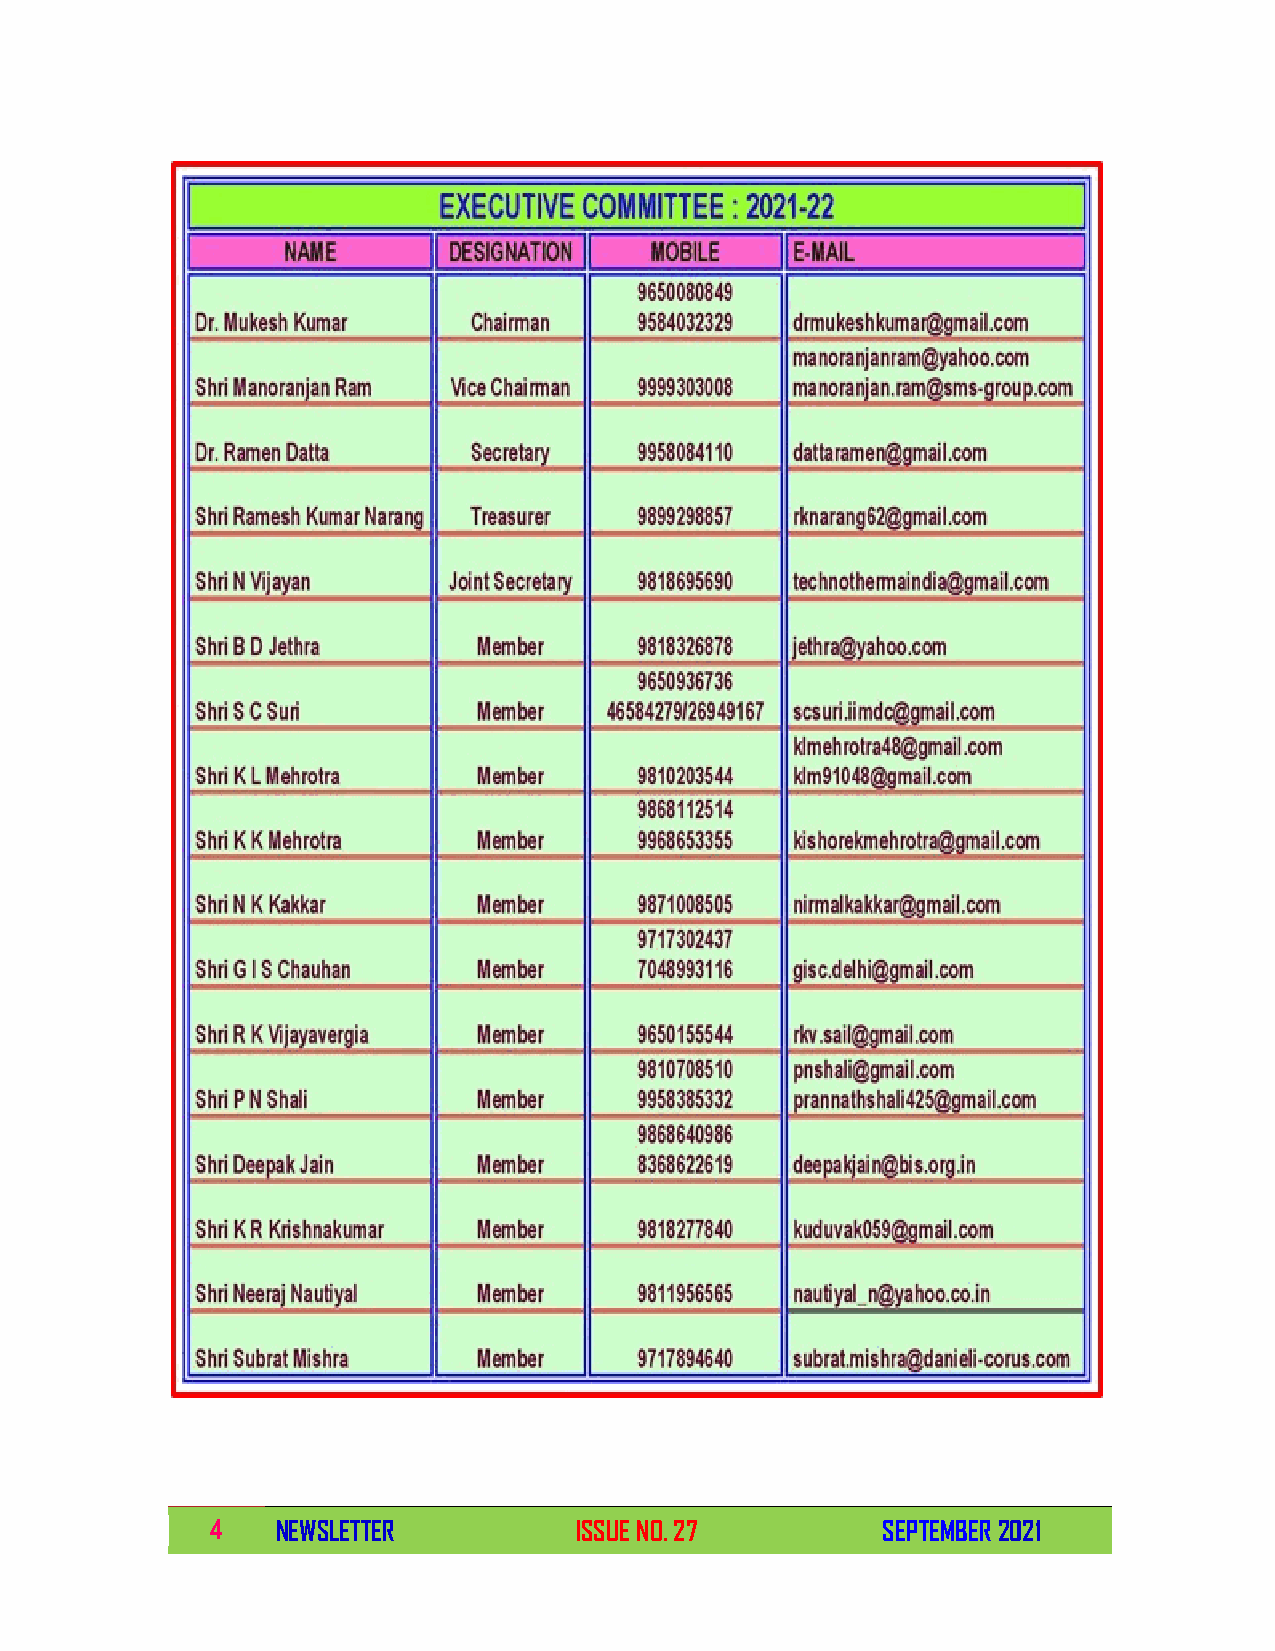
4   NEWSLETTER          ISSUE NO. 27        SEPTEMBER 2021